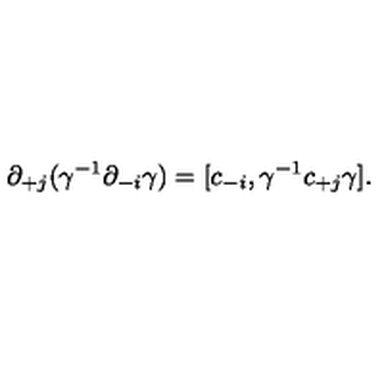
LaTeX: \partial _ { + j } ( \gamma ^ { - 1 } \partial _ { - i } \gamma ) = [ c _ { - i } , \gamma ^ { - 1 } c _ { + j } \gamma ] .